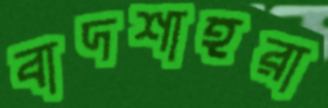
বাদশাহরা